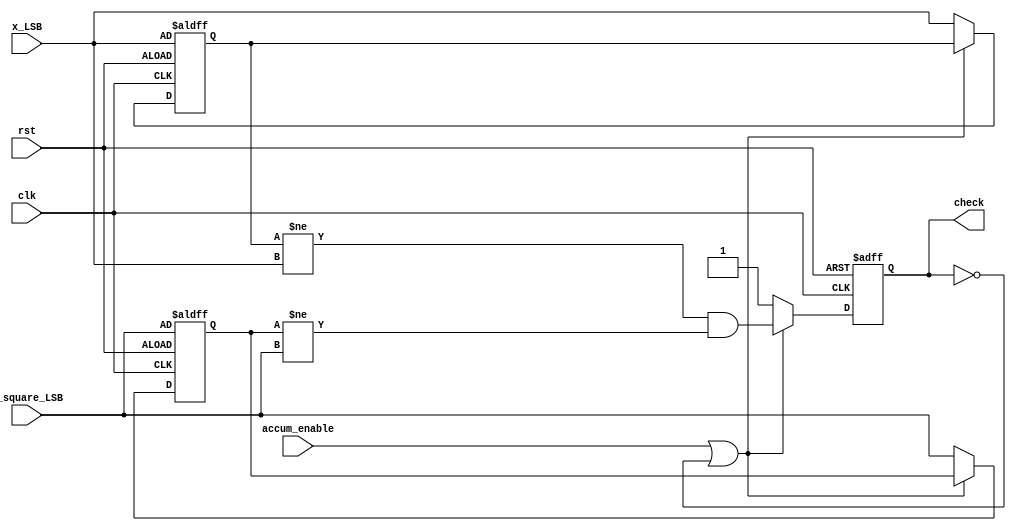
// not used
module checker(
    clk,
    rst,
    accum_enable,
    x_LSB,
    x_square_LSB, 
    check
    );
    
    input clk, rst, accum_enable, x_LSB, x_square_LSB;
    output reg check;
    reg accum_enable_old, x_LSB_old, x_square_LSB_old;
    
    always @(posedge clk or negedge rst) begin
        if (!rst) begin
            accum_enable_old <= accum_enable;
            x_LSB_old <= x_LSB;
            x_square_LSB_old <= x_square_LSB;
            check <= 1'b1;
        end else begin
            if (accum_enable || !check) begin
                check <= (x_LSB_old != x_LSB) && (x_square_LSB_old != x_square_LSB);
            end else begin
                check <= 1'b1;
                x_LSB_old <= x_LSB;
                x_square_LSB_old <= x_square_LSB;
                accum_enable_old <= accum_enable;
            end
        end
    end
    
endmodule